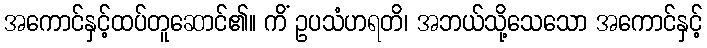
အကောင်နှင့်ထပ်တူဆောင်၏။ ကိံ ဥပသံဟရတိ၊ အဘယ်သို့သေသော အကောင်နှင့်